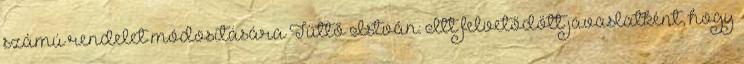
számú rendelet módosítására Tüttő István: Itt felvetődött javaslatként, hogy